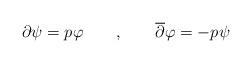
LaTeX: \begin{align*}\partial \psi =p\varphi \qquad ,\qquad \overline{\partial }\varphi =-p\psi \end{align*}